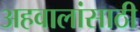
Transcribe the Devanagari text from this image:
अहवालांसाठी